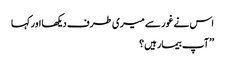
اس نے غور سے میری طرف دیکھا اور کہا
’’آپ بیمار ہیں؟